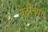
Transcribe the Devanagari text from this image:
वेदीच्या